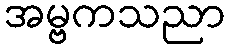
အမ္ဗကသညာ